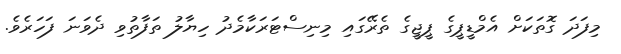
މިފަދަ ގޮތަކަށް އެމްޑީޕީގެ ޕީޖީގެ ތެރޭގައި މިނިސްޓަރަކާމެދު ހިޔާލު ތަފާތުވި ދެވަނަ ފަހަރެވެ.